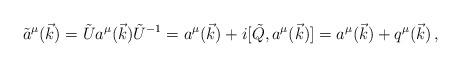
LaTeX: \begin{align*}\tilde{a}^\mu (\vec{k}) =\tilde{U} a^\mu (\vec{k}) \tilde{U}^{-1} = a^\mu (\vec{k}) +i [\tilde{Q}, a^\mu (\vec{k})] =a^\mu (\vec{k}) + q^\mu (\vec{k}) \, ,\end{align*}